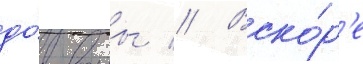
до́ воины // Вско́р'е